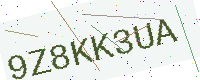
Text: 9Z8KK3UA